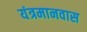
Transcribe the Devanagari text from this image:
यंत्रमानवास